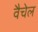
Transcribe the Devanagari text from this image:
वैचेल